Calcutta medical institutions reports 1871-78
Year: 1871
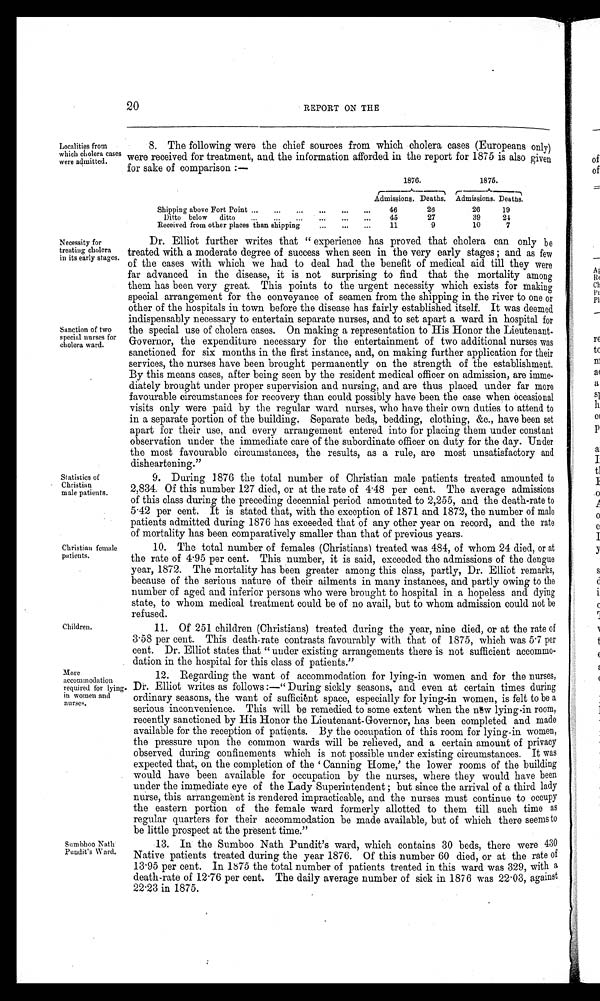
Localities from
which cholera cases
were admitted.
Necessity for
treating cholera
in its early stages.
Sanction of two
special nurses for
cholera ward.
Statistics of
Christian
male patients.
Christian female
patients.
Children.
Mor
e accommodation
required for
lying-in women and
nursee.
Sumbhoo Nath
Pundit's Ward.
20
REPORT ON THE
8. The following were the chief sources from which cholera cases (Europeans only)
were received for treatment, and the information afforded in the report for 1875 is also given
for sake of comparison:—
1876
.
Admissions. Deaths.
1875
. A d m i s s i o n s . D e a t h s .
Shipping above Fort Point ...
. . .
. . . .
. . . .
. . .
46
26
26
19
Ditto below ditto
. . .
. . .
. . .
. . .
. . .
. . .
45
27
39
2 4
Received from other places than shipping
...
. . .
. . .
11
9
10
7
Dr. Elliot further writes that "experience has proved that cholera can only be
treated with a moderate degree of success when seen in the very early stages; and as few
of the cases with which we had to deal had the benefit of medical aid till they were
far advanced in the disease, it is not surprising to find that the mortality among
them has been very great. This points to the urgent necessity which exists for making
special arrangement for the conveyance of seamen from the shipping in the river to one or
other of the hospitals in town before the disease has fairly established itself. It was deemed
indispensably necessary to entertain separate nurses, and to set apart a ward in hospital for
the special use of cholera cases. On making a representation to His Honor the Lieutenant-
Governor, the expenditure necessary for the entertainment of two additional nurses was
sanctioned for six months in the first instance, and, on making further application for their
services, the nurses have been brought permanently on the strength of the establishment.
By this means cases, after being seen by the resident medical officer on admission, are imme--
diately brought under proper supervision and nursing, and are thus placed under far more
favourable circumstances for recovery than could possibly have been the case when occasional
visits only were paid by the regular ward nurses, who have their own duties to attend to
in a separate portion of the building. Separate beds, bedding, clothing, &c., have been set
apart for their use, and every arrangement entered into for placing them under constant
observation under the immediate care of the subordinate officer on duty for the day. Under
the most favourable circumstances, the results, as a rule, are most unsatisfactory and
disheartening."
9. During 1876 the total number of Christian male patients treated amounted to
2,834. Of this number 127 died, or at the rate of 4 .48 per cent. The average admissions
of this class during the preceding decennial period amounted to 2,255, and the death-rate to
5 .42 per cent. It is stated that, with the exception of 1871 and 1872, the number of male
patients admitted during 1876 has exceeded that of any other year on record, and the rate
of mortality has been comparatively smaller than that of previous years.
10. The total number of females (Christians) treated was 484, of whom 24 died, or at
the rate of 4 . 95 per cent. This number, it is said, exceeded the admissions of the dengue
year, 1872. The mortality has been greater among this class, partly, Dr. Elliot remarks,
because of the serious nature of their ailments in many instances, and partly owing to the
number of aged and inferior persons who were brought to hospital in a hopeless and dying
state, to whom medical treatment could be of no avail, but to whom admission could not be
refused.
11. Of 251 children (Christians) treated during the year, nine died, or at the rate of
3 . 58 per cent. This death-rate contrasts favourably with that of 1875, which was 5 . 7 per
cent. Dr. Elliot states that "under existing arrangements there is not sufficient accommo--
dation in the hospital for this class of patients."
12. Regarding the want of accommodation for lying-in women and for the nurses,
Dr. Elliot writes as follows:—"During sickly seasons, and even at certain times during
ordinary seasons, the want of sufficient space, especially for lying-in women, is felt to be a
serious inconvenience. This will be remedied to some extent when the new lying-in room,
recently sanctioned by His Honor the Lieutenant-Governor, has been completed and made
available for the reception of patients. By the occupation of this room for lying-in women,
the pressure upon the common wards will be relieved, and a certain amount of privacy
observed during confinements which is not possible under existing circumstances. It was
expected that, on the completion of the ' Canning Home,' the lower rooms of the building
would have been available for occupation by the nurses, where they would have been
under the immediate eye of the Lady Superintendent; but since the arrival of a third lady
nurse, this arrangement is rendered impracticable, and the nurses must continue to occupy
the eastern portion of the female ward formerly allotted to them till such time as
regular quarters for their accommodation be made available, but of which there seems to
be little prospect at the present time."
13. In the Sumboo Nath Pundit's ward, which contains 30 beds, there were 430
Native patients treated during the year 1876. Of this number 60 died, or at the rate of
13 . 95 per cent. In 1875 the total number of patients treated in this ward was 329, with a
death-rate of 12 .76 per cent. The daily average number of sick in 1876 was 22 . 03, against
22 .23 in 1875.